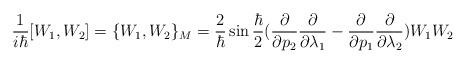
LaTeX: \begin{align*}\frac{1}{i \hbar} [ W_{1},W_{2}] =\{ W_{1},W_{2}\} _{M} =\frac{2}{\hbar} \sin \frac{\hbar}{2} (\frac{\partial}{\partial p_{2}}\frac{\partial}{\partial \lambda _{1}} - \frac{\partial}{\partial p_{1}} \frac{\partial}{\partial \lambda _{2}}) W_{1}W_{2}\end{align*}